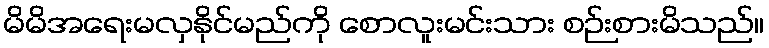
မိမိအရေးမလှနိုင်မည်ကို စောလူးမင်းသား စဉ်းစားမိသည်။